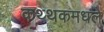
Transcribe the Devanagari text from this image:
कथ्थकमधले